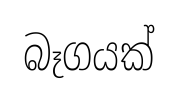
බෑගයක්